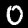
Label: 0